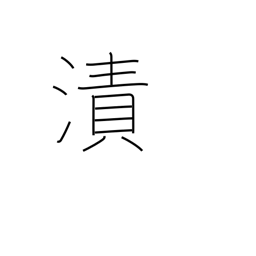
Meaning: moisten